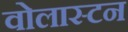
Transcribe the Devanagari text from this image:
वोलास्टन